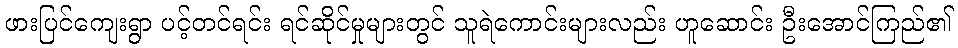
ဖားပြင်ကျေးရွာ ပင့်တင်ရင်း ရင်ဆိုင်မှုများတွင် သူရဲကောင်းများလည်း ဟူဆောင်း ဦးအောင်ကြည်၏